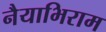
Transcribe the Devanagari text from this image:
नैयाभिराम